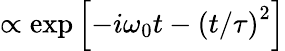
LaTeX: \propto\exp\left[-i\omega_{0}{t}-\left(t/\tau\right)^{2}\right]